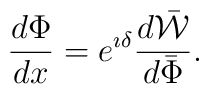
\frac{d\Phi}{dx} = e ^{\imath \delta } \frac{d\bar{\cal W}}{d\bar{\Phi}}.